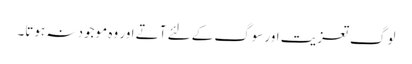
لوگ تعزیت اورسوگ کے لئے آتے اور وہ موجود نہ ہوتا۔